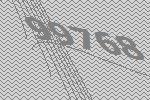
99768